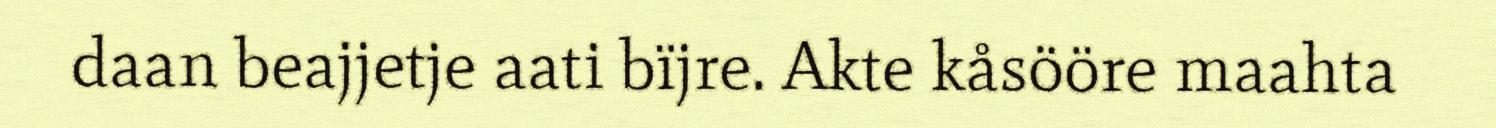
daan beajjetje aati bïjre. Akte kåsööre maahta